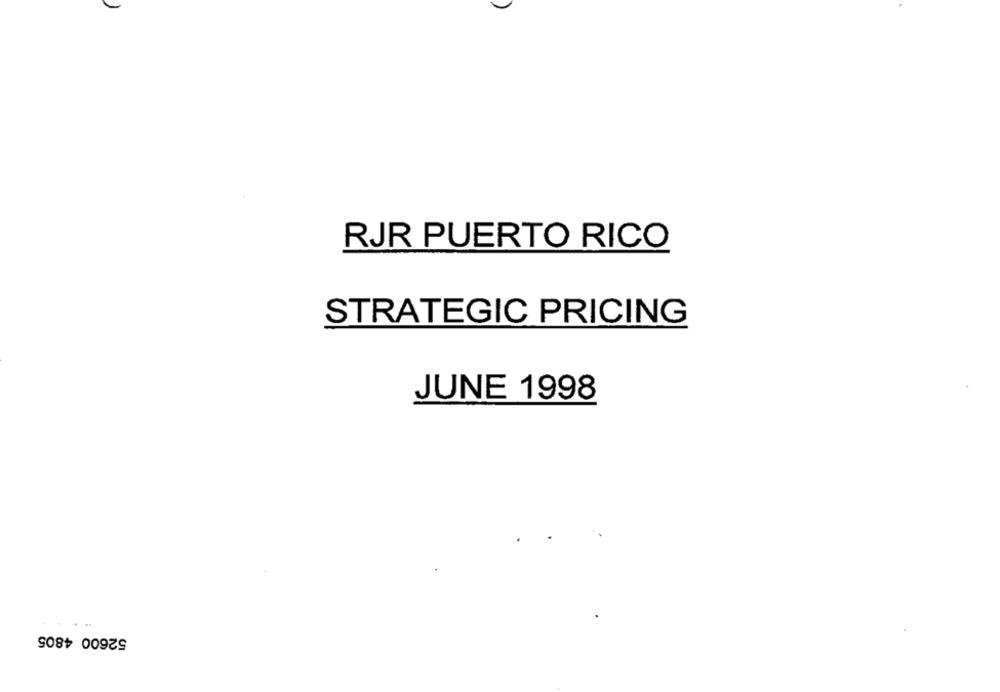
RJR PUERTO RICO
STRATEGIC PRICING
JUNE 1998
52600 4805